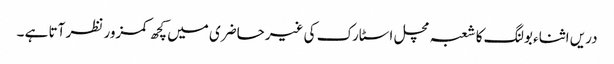
دریں اثناء بولنگ کا شعبہ مچل اسٹارک کی غیرحاضری میں کچھ کمزور نظر آتا ہے ۔